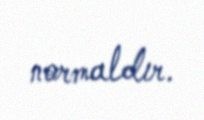
normaldır.